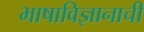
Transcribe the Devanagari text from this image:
भाषाविज्ञानाची